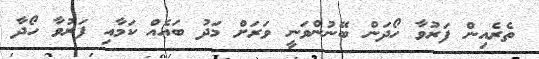
ތެރެއިން ފަރުވާ ހޯދަން ބޭނުންވަނީ ވަރަށް މަދު ބައެއް ކަމާއި ފަރުވާ ހޯދާ